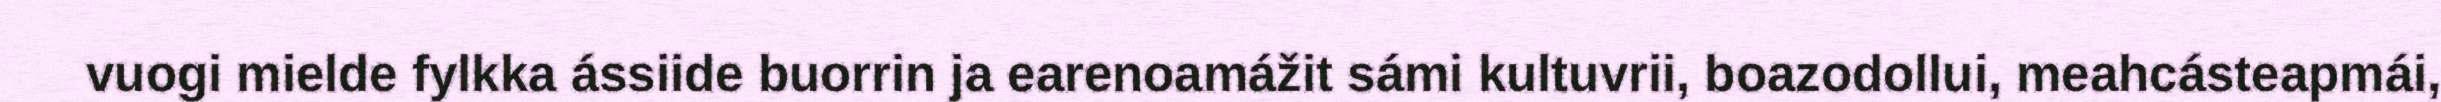
vuogi mielde fylkka ássiide buorrin ja earenoamážit sámi kultuvrii, boazodollui, meahcásteapmái,